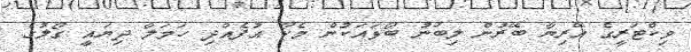
ވިކްޓަރީގެ އޭރިޔާ ބޭރުން ލިބުނު ބޯޅައަކުން މެކޯ އުފެއްދި ހަމަލާ ދިޔައީ ގޯލުގެ